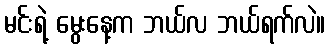
မင်းရဲ့ မွေးနေ့က ဘယ်လ ဘယ်ရက်လဲ။